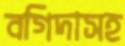
বগিদাসহ